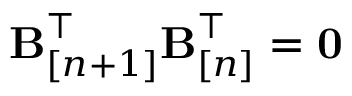
{ \bf B } _ { [ n + 1 ] } ^ { \top } { \bf B } _ { [ n ] } ^ { \top } = { \bf 0 }